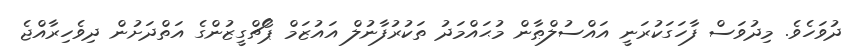
ދުވަހެވެ. މިދުވަސް ފާހަގަކުރަނީ އައްސުލްޠާން މުޙައްމަދު ތަކުރުފާނުލް އައުޒަމް ޕޯޗްގީޒުންގެ އަތްދަށުން ދިވެހިރާއްޖެ